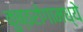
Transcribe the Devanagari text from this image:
कुष्ठरोगामध्ये